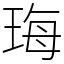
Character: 珻